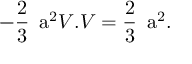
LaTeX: - \frac { 2 } { 3 } \mathrm { \Large ~ a } ^ { 2 } V . V = \frac { 2 } { 3 } \mathrm { \Large ~ a } ^ { 2 } .